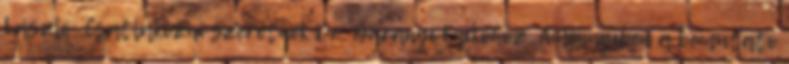
László: Csatlakozni szeretnék Dr. Baranyi Enikőhöz. Amennyiben a bemutató